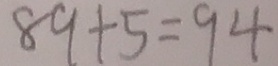
8 9 + 5 = 9 4